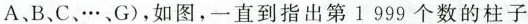
A、B、C、…、G)，如图，一直到指出第1999个数的柱子